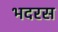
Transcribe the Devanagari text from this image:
भदरस